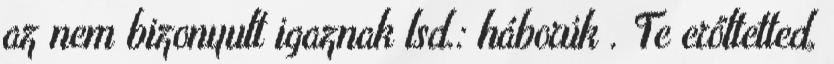
az nem bizonyult igaznak lsd.: háborúk . Te erőltetted,